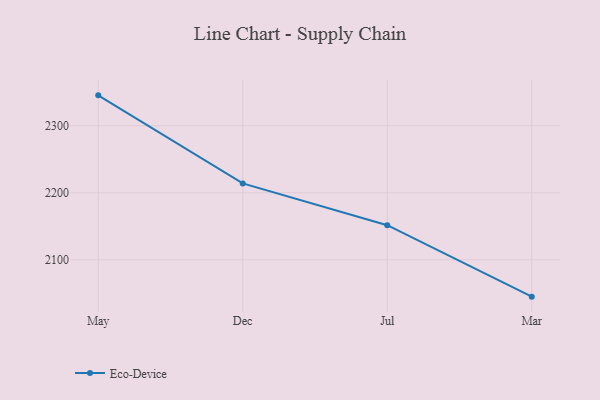
{"axis": {"x": "Month", "y": "Inventory Turnover"}, "legend": ["Eco-Device"], "data": [{"x": "May", "y": 2345.4, "type": "Eco-Device"}, {"x": "Dec", "y": 2213.9, "type": "Eco-Device"}, {"x": "Jul", "y": 2151.6, "type": "Eco-Device"}, {"x": "Mar", "y": 2044.9, "type": "Eco-Device"}]}